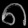
Digit: ၈